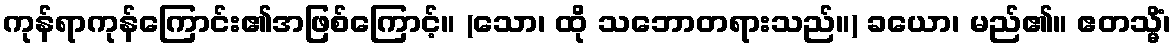
ကုန်ရာကုန်ကြောင်း၏အဖြစ်ကြောင့်။ (သော၊ ထို သဘောတရားသည်။) ခယော၊ မည်၏။ ဧတသ္မိံ၊